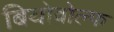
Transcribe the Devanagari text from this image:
बियोवोल्फ